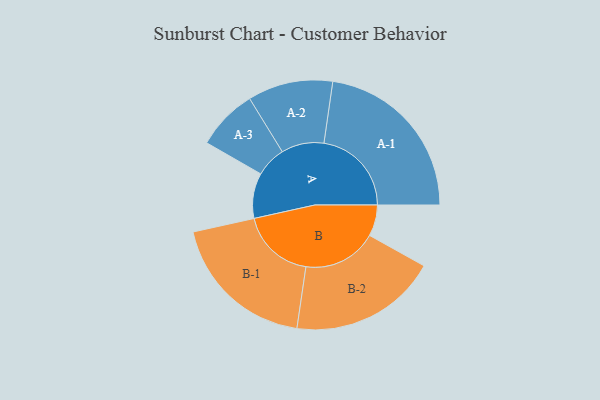
{"axis": {"x": "Segment", "y": "Value"}, "legend": ["", "A", "B"], "data": [{"x": "A", "y": 151, "type": ""}, {"x": "B", "y": 104, "type": ""}, {"x": "A-1", "y": 292, "type": "A"}, {"x": "A-2", "y": 142, "type": "A"}, {"x": "A-3", "y": 102, "type": "A"}, {"x": "B-1", "y": 247, "type": "B"}, {"x": "B-2", "y": 247, "type": "B"}]}